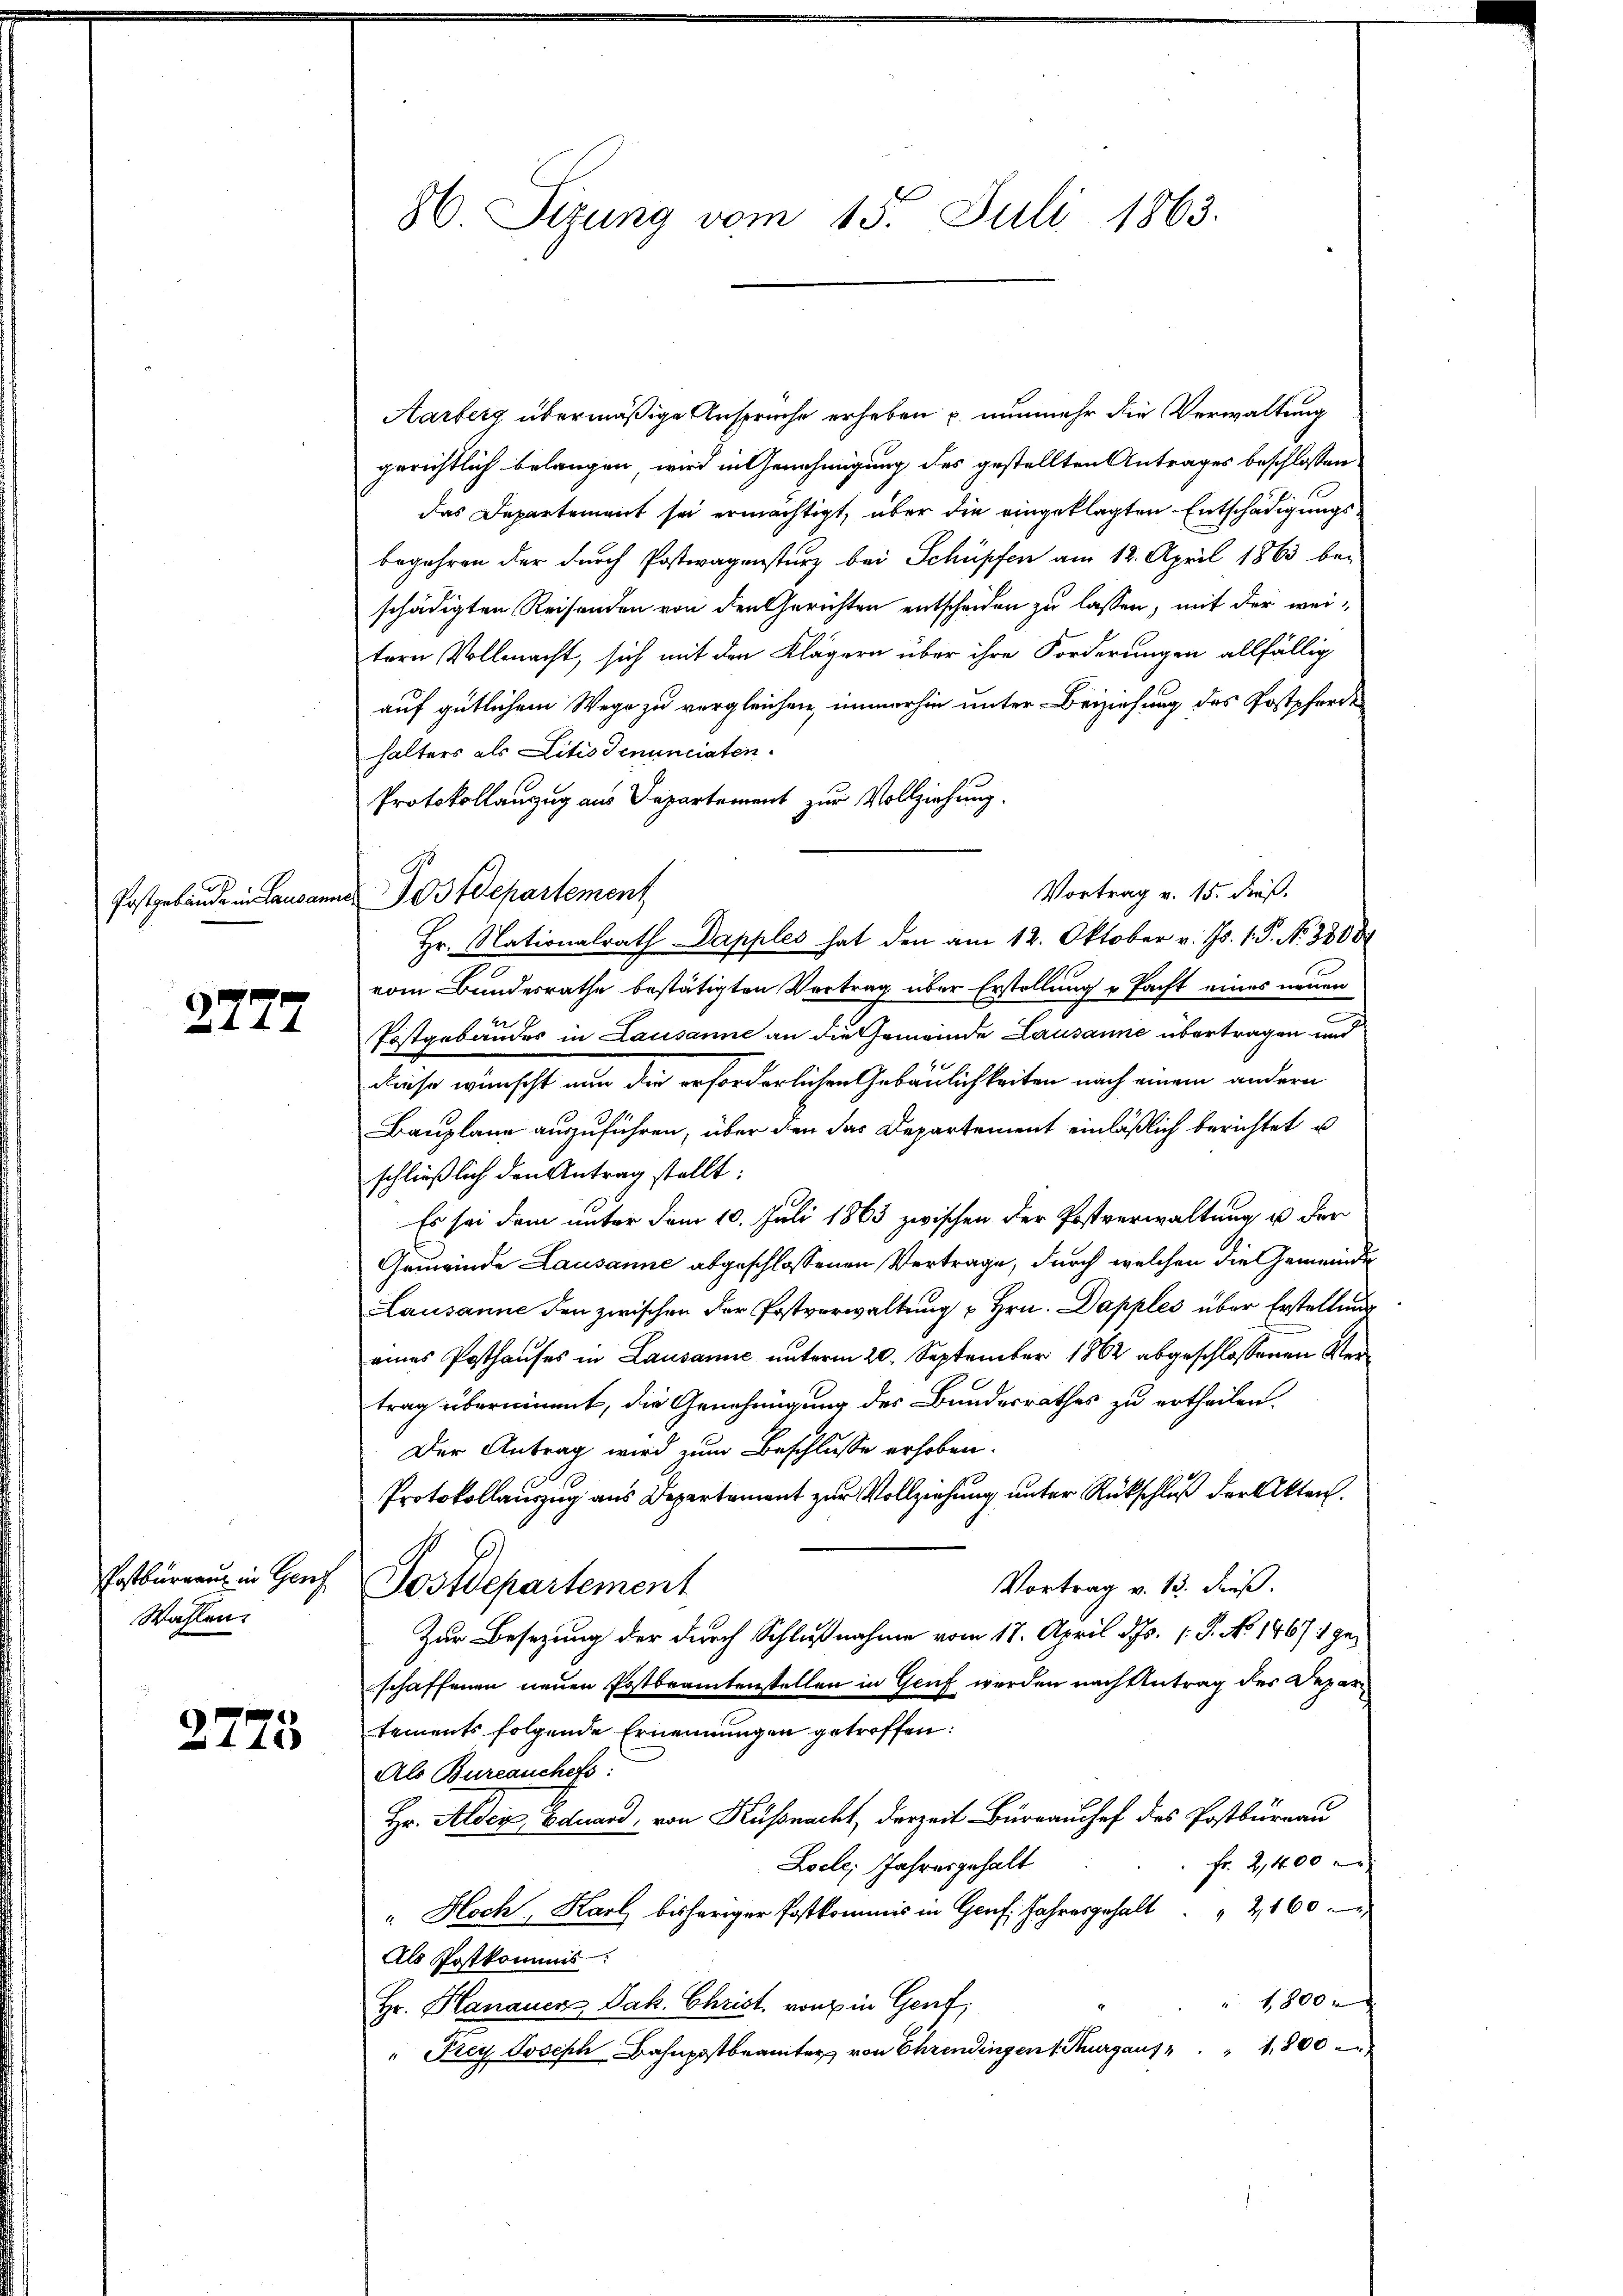
2777

Wahlen.

2773

Aarberg übermäßige Anspruche erheben u. nunmehr die Verwaltung
gerichtlich belangen wird in Genehmigung des gestellten Antrages beschlossen
das Departement sei ermächtigt, über die eingeklagten Entschädigungsbegehren der durch Postwagensturz bei Schüpfen am 12. April 1863 be-
schädigten Reisenden von den Gerichten entscheiden zu lassen, mit der weitern Vollmacht, sich mit den Klägern über ihre Forderungen allfällig
auf gütlichem Wege zu vergleichen, immerhin unter Beiziehung des Postpferden
halters als Litis denunciaten.
Protokollanzug aus Departement zur Vollziehung.
Vortrag v. 15. dieß.
Hr. Nationalrath Dapples hat den am 12. Oktober v. Js. 1. P. Nr. 38000
vom Bundesrathe bestätigten Vertrag über Erstellung u Pacht eines neuen
Postgebäudes in Lausanne an die Gemeinde Lausanne übertragen und
diese wünscht nun die erforderlichen Gebäulichkeiten nach einem andern
Bauplane auszuführen, über den das Departement einläßlich berichtet u
schließlich den Antrag stellt:
Es sei dem unter dem 10. Juli 1863 zwischen der Postverwaltung u der
Gemeinde Lausanne abgeschlossenen Vertrage, durch welchen die Gemeinde
Lausanne den zwischen der Postverwaltung u Hrn. Dapples über Erstellung
eines Posthauses in Lausanne unterm 20. September 1862 abgeschlossenen Meitrag übernimmt, die Genehmigung des Bundesrathes zu ertheilen.
Der Antrag wird zum Beschlusse erhoben.
Protokollauszug aus Departement zur Vollziehung unter Rückschluß der Akten.
Erstbürgen in Genf Postdepartement
Vortrag v. 13. Fuß.
Zur Besetzung der durch Schlußnahme vom 18. April d. Js. [S. No 1467 :/ geschaffenen neuen Postbeamtenstellen in Gruf werden nach Antrag des Departements folgende Ernennungen getroffen:
Als Bureauchefs
Hr. Alder Eduard, von Küßnacht, derzeit Büreauschef des Postburnau
fr. 2,400 x
Loele Jahresgehalt
" Hoch, Karl bisheriger Postkommis in Genf. Jahresgehalt " " 2160
Als Postkommis
 1800
Hr. Hanauen Jak. Christ, von in Genf,
" Frey Joseph Bahnpostbeamter von Ehrendingen s. Thurgaus " " 800

86. Sizung vom 15. Juli 1863.

.
Postgebäude in Lausannes Postdepartement